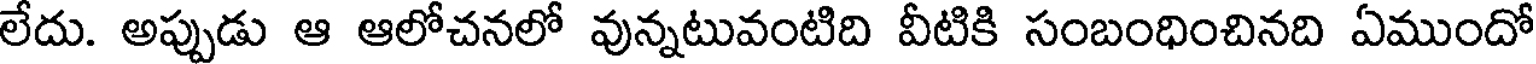
లేదు. అప్పుడు ఆ ఆలోచనలో వున్నటువంటిది వీటికి సంబంధించినది ఏముందో